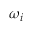
\omega _ { i }